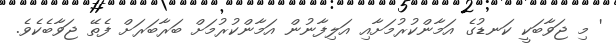
' މި ޖަވާބަކީ ކަނޑުގެ އަމާންކުރުމަށާއި އަލިފާނުން އަމާންކުރުމަށް ބަރާބަރަށް ފެތޭ ޖަވާބެކެވެ.